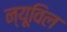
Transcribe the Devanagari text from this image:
न्यूविल